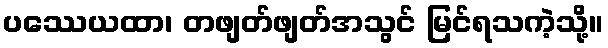
ပဿေယထာ၊ တဖျတ်ဖျတ်အသွင် မြင်ရသကဲ့သို့။